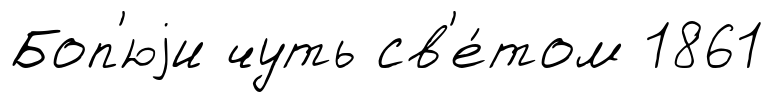
Боп'юjи чуть св'е́том 1861